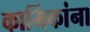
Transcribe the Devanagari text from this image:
कार्मिकांना